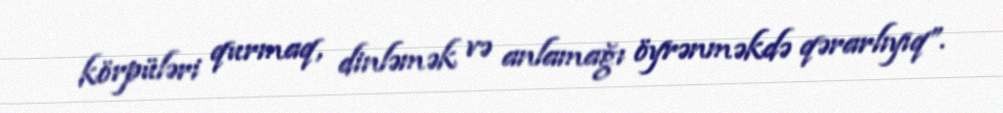
körpüləri qurmaq, dinləmək və anlamağı öyrənməkdə qərarlıyıq”.